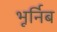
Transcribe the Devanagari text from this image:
भूर्निब